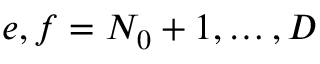
e , f = N _ { 0 } + 1 , \ldots , D